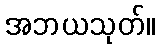
အဘယသုတ်။